Civil Veterinary Dept. North-West Frontier Province 1923-32 - 1923-1932
Year: 1923
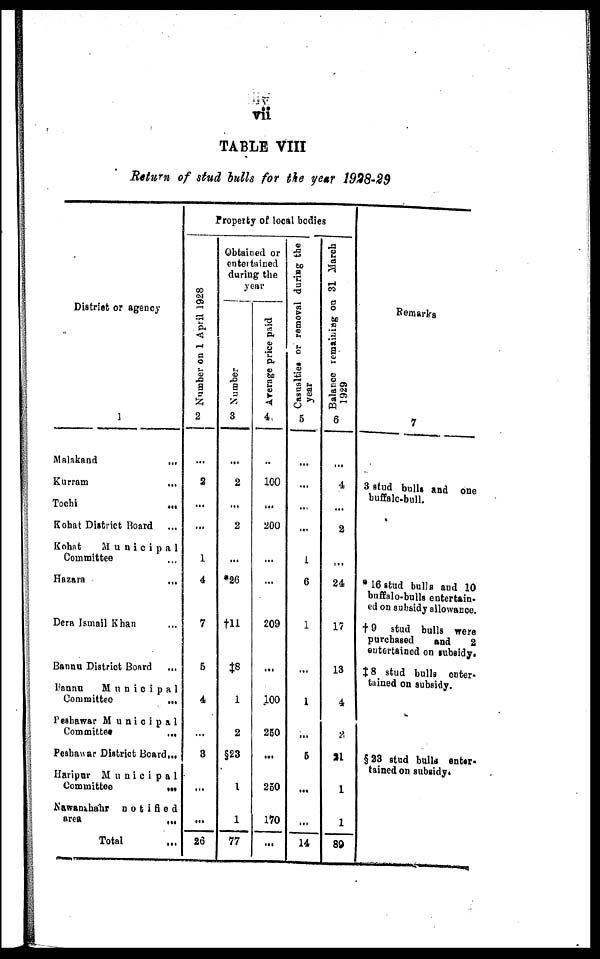
vii
TABLE VIII
Return of stud bulls for the year 1928-29
District or agency
1
Malakand
…
Kurram …
Tochi …
Kohat District Board …
Kohat
Municipal
Committee …
Hazara
…
Dera Ismail Khan …
Banna District Board …
Bannu
Municipal
Committee
…
Peshawar Municipal
Committee
…
Peshawar District Board ...
Haripur
Municipal
Committee
...
Nawanihahr
notified
area …
Total …
Property of local bodies
Nu mb e r on 1 April 1928
2
2
...
...
1
4
7
5
4
...
3
...
...
26
Obtained or
entertained
during the
year
Number
3
2
...
2
...
*26
†11
$8
1
2
§23
1
1
77
Average
price paid
4
100
...
200
...
...
209
...
100
250
...
250
170
...
Casualties
or removal during the
year
5
...
...
...
1
6
1
...
1
...
5
...
...
14
Balance remaining on 31 March
1929
6
4
...
2
...
24
17
13
4
2
21
1
1
89
Remarks
7
3 stud bulls and one
buffalo-bull.
* 16 stud bulls and 10
buffalo-bulls entertain-
ed on subsidy allowance.
† 9 stud bulls were
purchased
and
2
entertained on subsidy.
‡ 8 stud bulls enter-
tained on subsidy.
§ 23 stud bulls enter-
tained on subsidy.